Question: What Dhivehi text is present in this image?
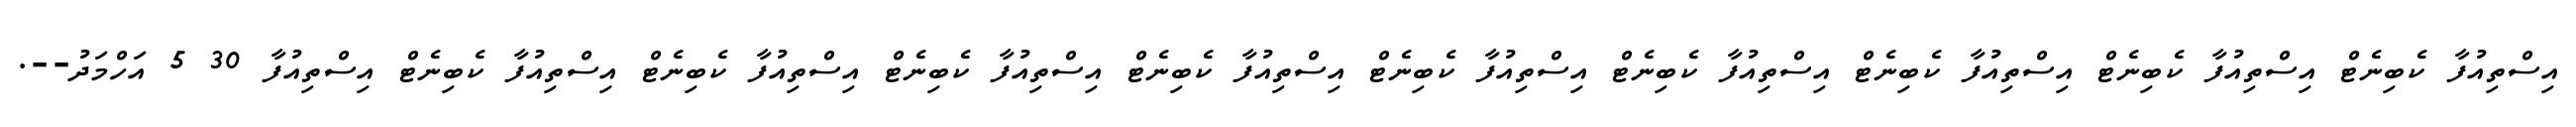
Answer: އިސްތިއުފާ ކެބިނެޓް އިސްތިއުފާ ކެބިނެޓް އިސްތިއުފާ ކެބިނެޓް އިސްތިއުފާ ކެބިނެޓް އިސްތިއުފާ ކެބިނެޓް އިސްތިއުފާ ކެބިނެޓް އިސްތިއުފާ ކެބިނެޓް އިސްތިއުފާ ކެބިނެޓް އިސްތިއުފާ ކެބިނެޓް އިސްތިއުފާ 30 5 އަހްމަދު--.